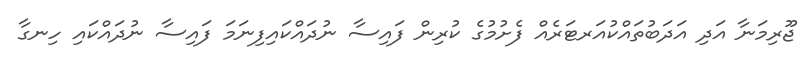
ޖޫރިމަނާ އަދި އަދަބުތައްކުއަރޓަރެއް ފެށުމުގެ ކުރިން ފައިސާ ނުދައްކައިފިނަމަ ފައިސާ ނުދައްކައި ހިނގާ